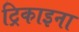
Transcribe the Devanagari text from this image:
ट्रिकाइना